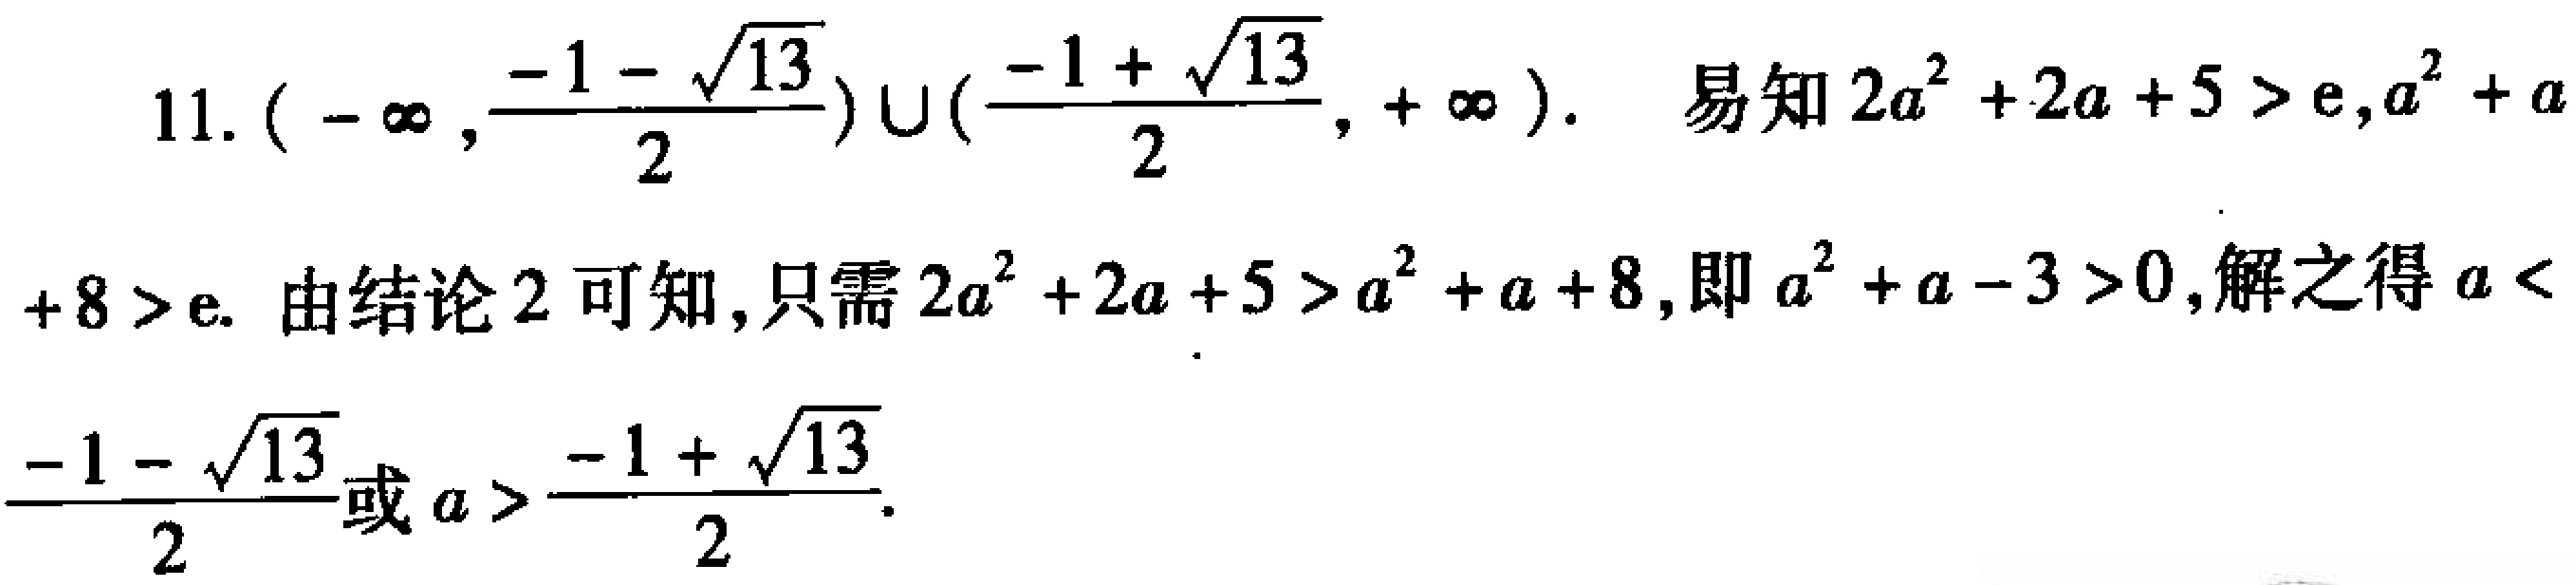
11. \((-\infty,\frac{-1 - \sqrt{13}}{2})\cup(\frac{-1 + \sqrt{13}}{2},+\infty)\). 易知\(2a^{2}+2a + 5>e,a^{2}+a + 8>e\). 由结论2可知,只需\(2a^{2}+2a + 5>a^{2}+a + 8\),即\(a^{2}+a - 3>0\),解之得\(a<\frac{-1 - \sqrt{13}}{2}\)或\(a>\frac{-1 + \sqrt{13}}{2}\).